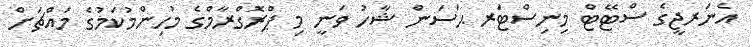
އެނަރޖީގެ ސްޓޭޓް މިނިސްޓަރ ޙަސަން ޝާހު ވަނީ މި ޕްރޮގްރާމްގެ މުހިންމުކަމުގެ މައްޗަށް